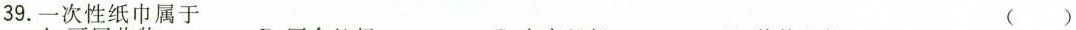
39.一次性纸巾属于 （）